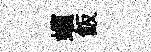
蠙飯